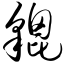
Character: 貔